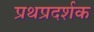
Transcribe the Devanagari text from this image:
प्रथप्रदर्शक